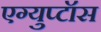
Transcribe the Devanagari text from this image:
एग्युप्टॉस